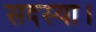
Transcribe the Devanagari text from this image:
सदस्या।